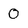
Character: O